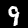
Digit: 9